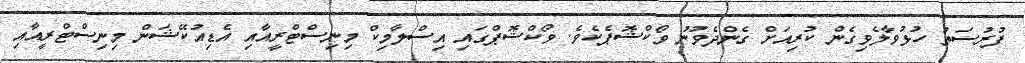
ފުރުސަތު ހުޅުވާލެވިގެން ކުރިއަށް ގެންދެވުނު ވޯކްޝޮޕެކެވެ. ވޯކްޝޮޕްގައި އިސްލާމިކް މިނިސްޓްރީއާއި އެޑިއުކޭޝަން މިނިސްޓްރީއާއި